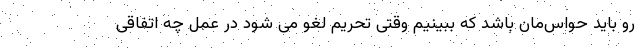
رو باید حواس‌مان باشد که ببینیم وقتی تحریم لغو می شود در عمل چه اتفاقی